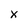
Character: x